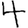
Digit: 4